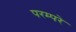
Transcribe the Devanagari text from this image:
परम्परे